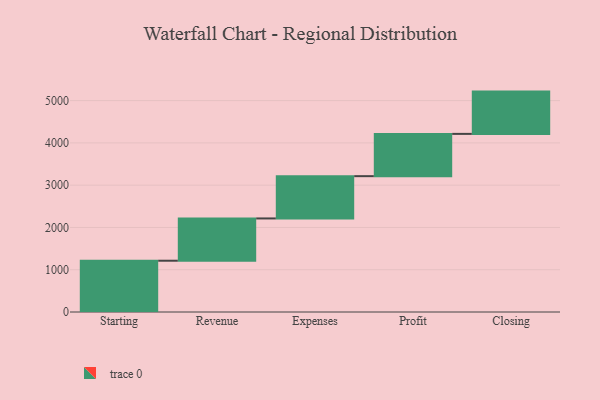
{"axis": {"x": "Step", "y": "Value"}, "legend": [""], "data": [{"x": "Starting", "y": 1213.0, "type": ""}, {"x": "Revenue", "y": 1000, "type": ""}, {"x": "Expenses", "y": 1000, "type": ""}, {"x": "Profit", "y": 1000, "type": ""}, {"x": "Closing", "y": 1000, "type": ""}]}